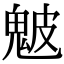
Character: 𩲢